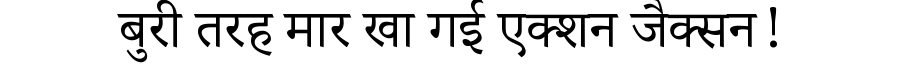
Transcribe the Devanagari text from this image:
बुरी तरह मार खा गई एक्शन जैक्सन!